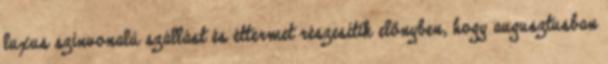
luxus színvonalú szállást és éttermet részesítik előnyben, hogy augusztusban